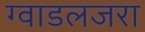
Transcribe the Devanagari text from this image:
ग्वाडलजरा